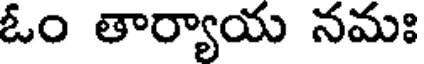
ఓం తార్యాయ నమః